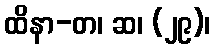
ထိနာ-တ၊ ဆ၊ (၂၉)၊